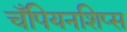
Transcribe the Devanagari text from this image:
चँपियनशिप्स